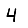
Digit: 4